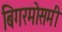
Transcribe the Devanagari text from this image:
बिगरमोसमी